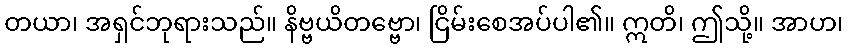
တယာ၊ အရှင်ဘုရားသည်။ နိဗ္ဗယိတဗ္ဗော၊ ငြိမ်းစေအပ်ပါ၏။ ဣတိ၊ ဤသို့။ အာဟ၊